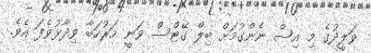
ވަލީދުގެ މި އިސް ނެންގުމަށް ބިލް ގޭޓްސް ވަނީ މަރުހަބާ ވިދާޅުވެފަ އެވެ.